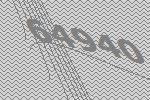
64940